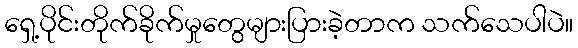
ရှေ့ပိုင်းတိုက်ခိုက်မှုတွေများပြားခဲ့တာက သက်သေပါပဲ။